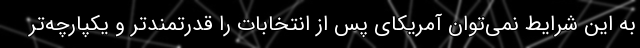
به این شرایط نمی‌توان آمریکای پس از انتخابات را قدرتمندتر و یکپارچه‌تر